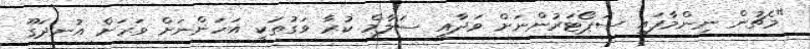
"މެޗުން ނިންމާފައި ސަޕޯޓަރުންނަށް ވަދާއީ ސަލާމް ކުރާ ވަގުތަކީ އަހަންނަށް ވަރަށް އުނދަގޫ